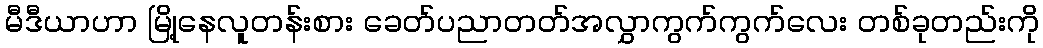
မီဒီယာဟာ မြို့နေလူတန်းစား ခေတ်ပညာတတ်အလွှာကွက်ကွက်လေး တစ်ခုတည်းကို